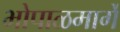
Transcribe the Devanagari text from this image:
भोपाळमार्गे